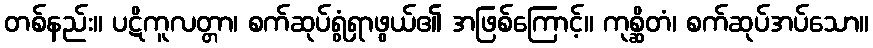
တစ်နည်း။ ပဋိကူလတ္တာ၊ စက်ဆုပ်ရွံရှာဖွယ်၏ အဖြစ်ကြောင့်။ ကုစ္ဆိတံ၊ စက်ဆုပ်အပ်သော။